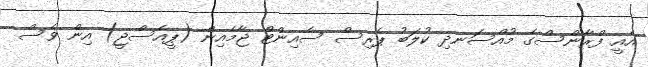
އެއީ ފްރާންސްގެ މުއްސަނދި ކުލަބު ޕެރިސް ސެއިންޓް ޖާމެއިން (ޕީއެސްޖީ) އިން ވެސް